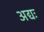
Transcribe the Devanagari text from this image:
अद्यः